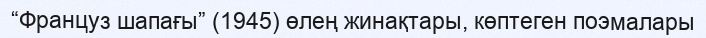
“Француз шапағы” (1945) өлең жинақтары, көптеген поэмалары